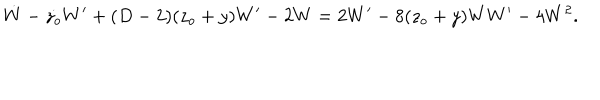
LaTeX: \dot { W } - \dot { z _ { o } } W ^ { \prime } + ( D - 2 ) ( z _ { o } + y ) W ^ { \prime } - 2 W = 2 W ^ { \prime } - 8 ( z _ { o } + y ) W W ^ { \prime } - 4 W ^ { 2 } .